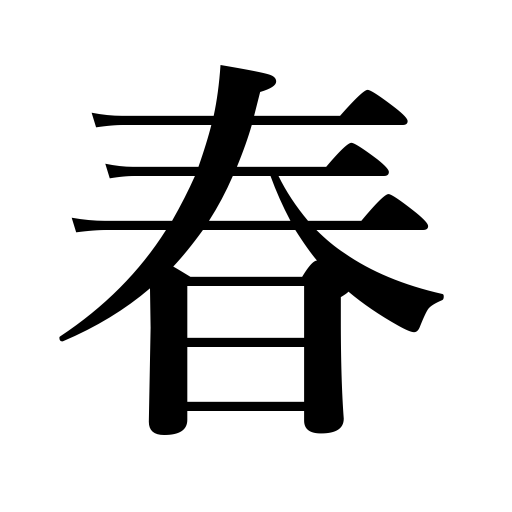
Meanings: spring,springtime